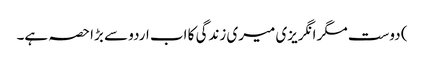
) دوست مگر انگریزی میری زندگی کا اب اردو سے بڑا حصہ ہے۔